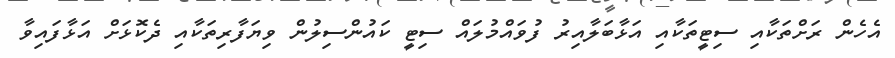
އެހެން ރަށްތަކާއި ސިޓީތަކާއި އަޅާބަލާއިރު ފުވައްމުލައް ސިޓީ ކައުންސިލުން ވިޔަފާރިތަކާއި ދެކޮޅަށް އަޅާފައިވާ